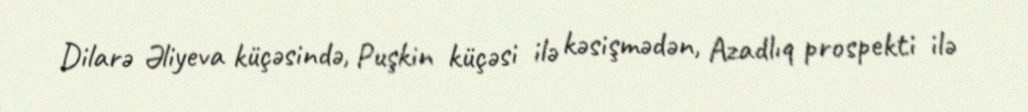
Dilarə Əliyeva küçəsində, Puşkin küçəsi ilə kəsişmədən, Azadlıq prospekti ilə